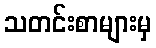
သတင်းစာများမှ